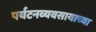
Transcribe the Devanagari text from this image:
पर्यटनव्यवसायाच्या